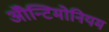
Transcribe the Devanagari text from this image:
ॲोन्टिमोनियम